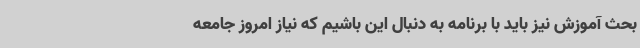
بحث آموزش نیز باید با برنامه به دنبال این باشیم که نیاز امروز جامعه